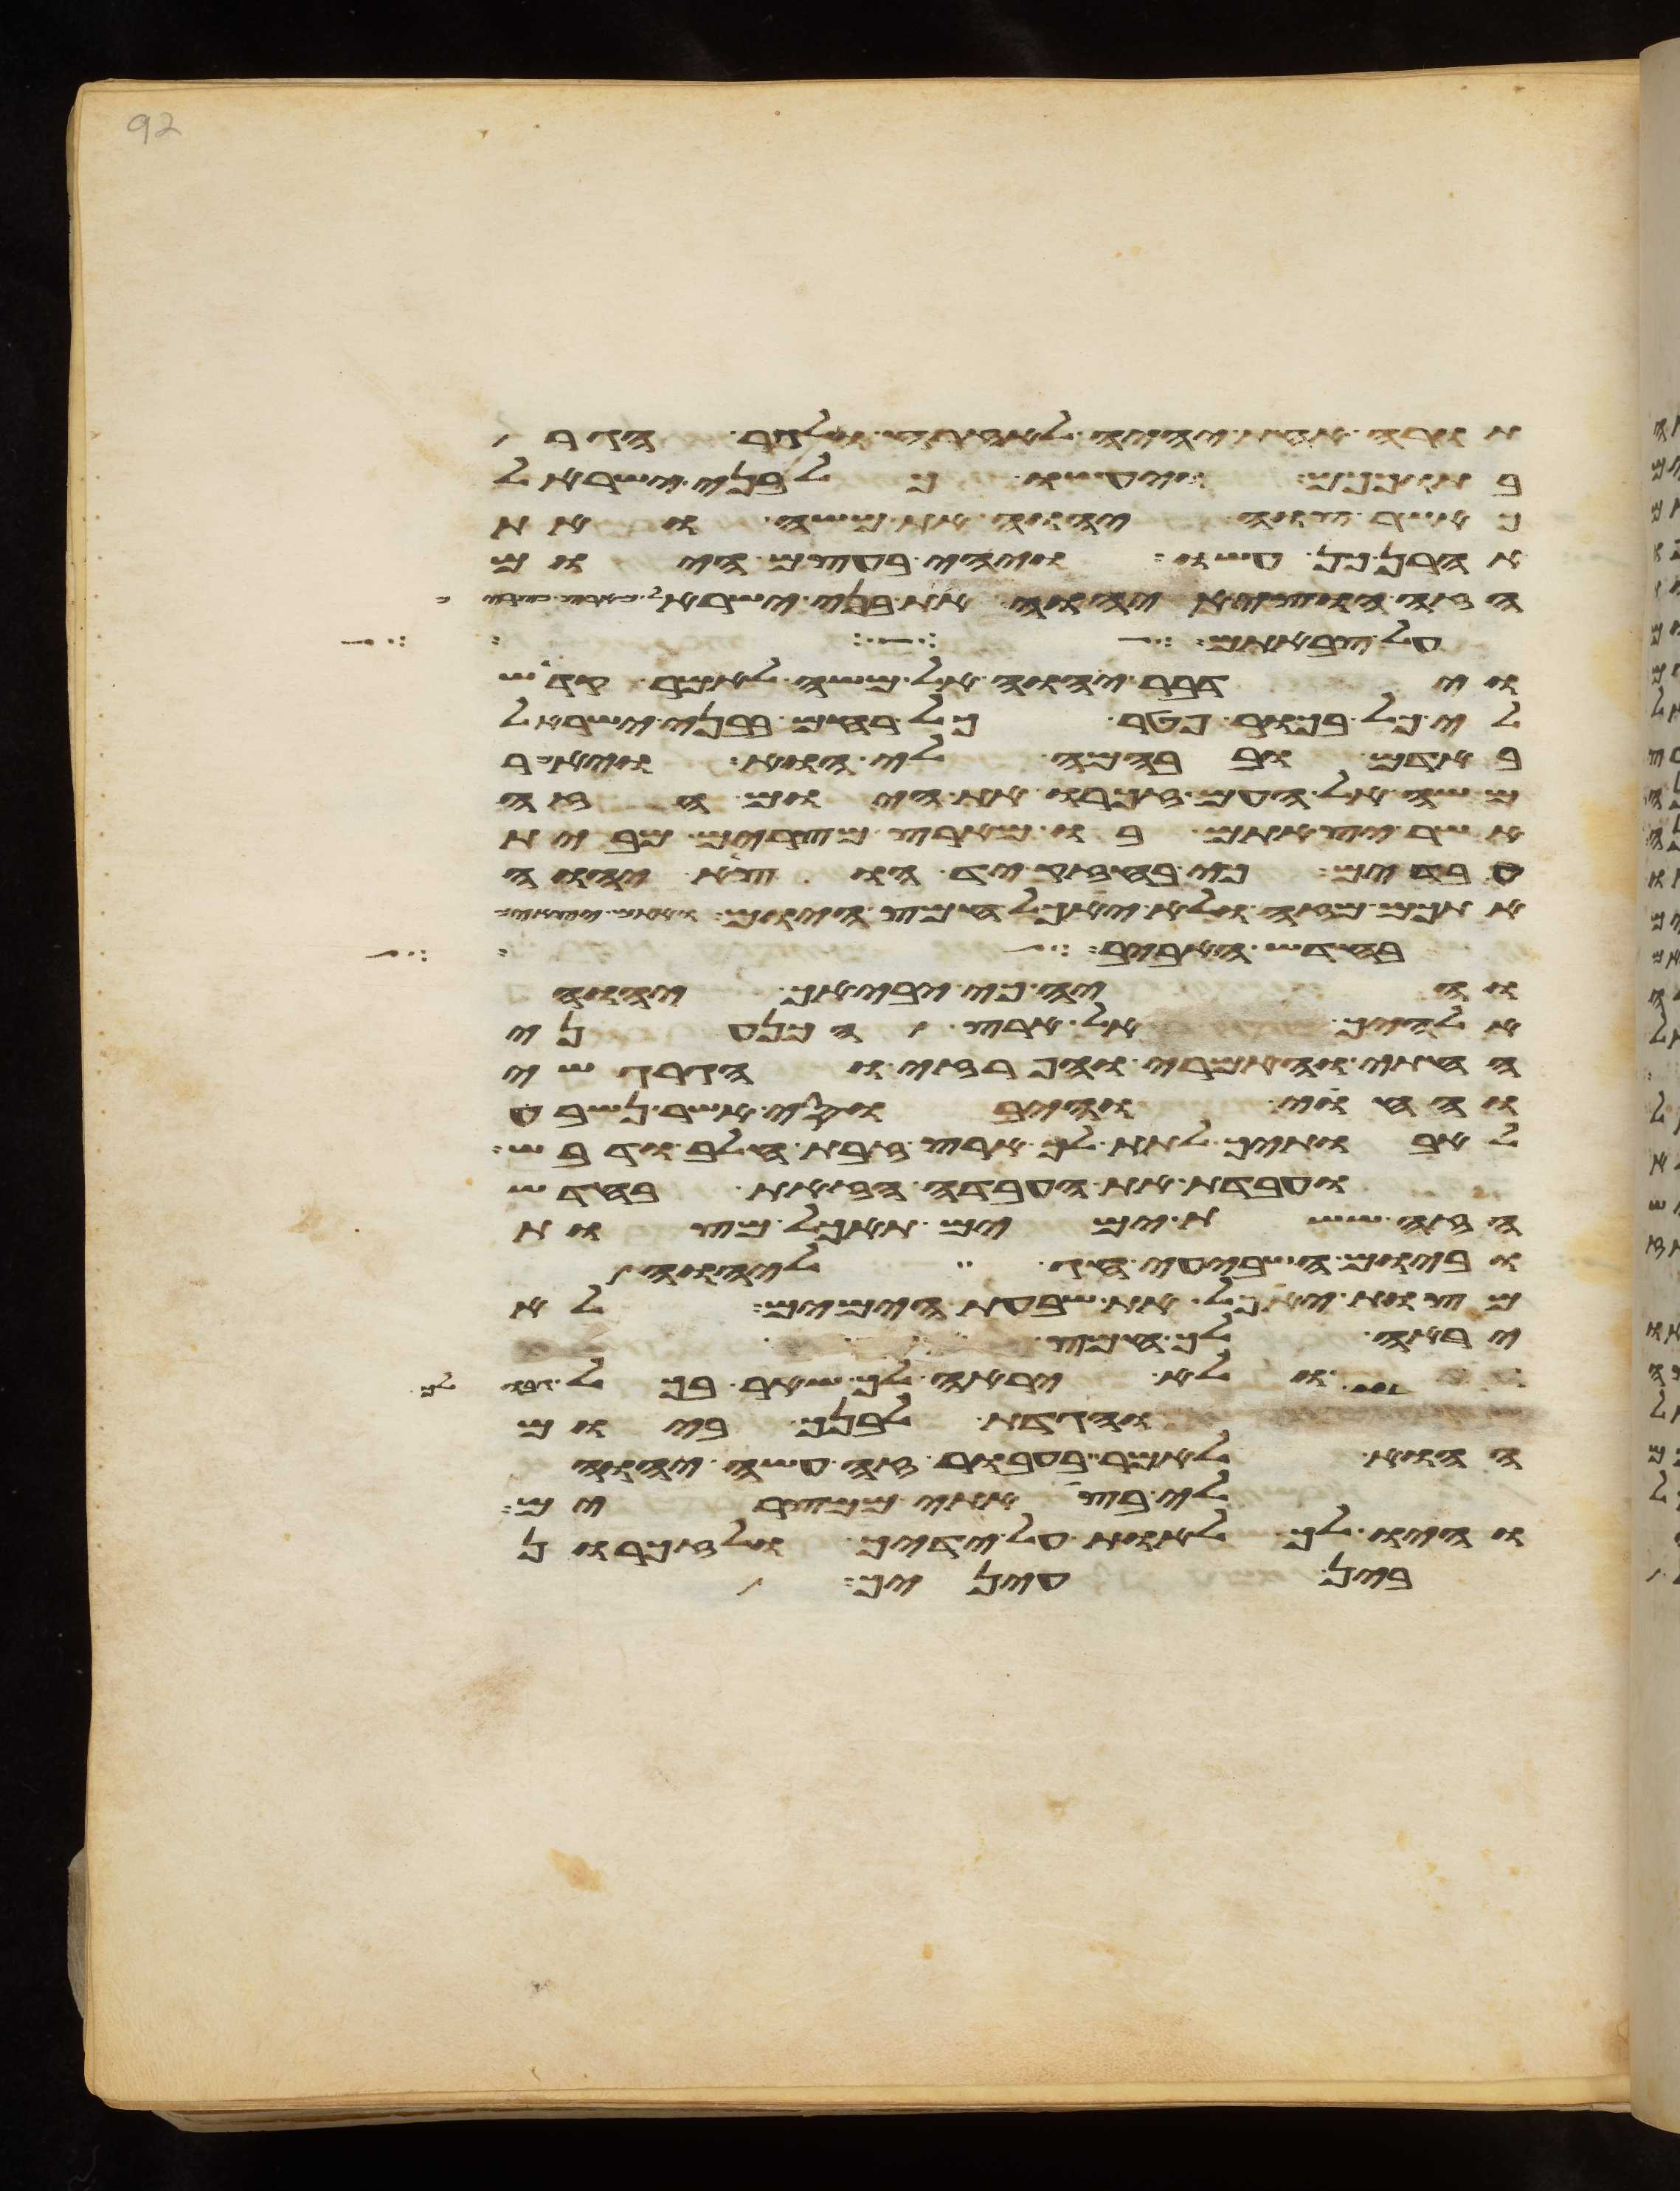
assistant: תורה אחת יהיה לאזרח ולגר הגר
בתוככם ויעשו כל בני ישראל
כאשר צוה יהוה את משה ואת
אהרן כן עשו ויהי בעצם היום
הזה הוציא יהוה את בני ישראל מארץ
על צבאתם
וידבר יהוה אל משה לאמר קדש
לי כל בכור פטר כל רחם בבני ישראל
באדם ובבהמה לי הוא ויאמר
משה אל העם זכרו את היום הזה
אשר יצאתם בו מארץ מצרים מבית
עבדים כי בחזק יד הוציא יהוה
אתכם מזה ולא יאכל חמץ היום ואתם יוצאים
בחדש האביב
והיה כי יביאך יהוה
אלהיך אל ארץ הכנעני
החתי והאמרי והפרזי והגרגשי
והחוי והיבוסי אשר נשבע
לאבתיך לתת לך ארץ זבת חלב ודבש
ועבדת את העבדה הזאת בחדש
הזה ששת ימים תאכל מצות
וביום השביעי חג ליהוה
מצות יאכל את שבעת הימים לא
יראה לך חמץ
ולא יראה לך שאר בכל
והגדת לבנך ביום
ההוא לאמר בעבור זה עשה יהוה
לי בצאתי ממצרים
והיו לך לאות על ידיך ולזכרון
בין עיניך